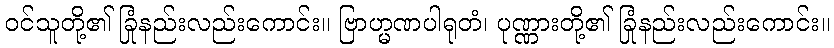
ဝင်သူတို့၏ ခြုံနည်းလည်းကောင်း။ ဗြာဟ္မဏပါရုတံ၊ ပုဏ္ဏားတို့၏ ခြုံနည်းလည်းကောင်း။